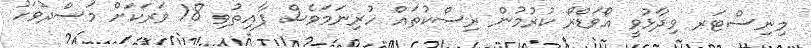
މިނިސްޓަރ ވިދާޅުވީ އޯވަޑްރޯ ކުރުމުން ރިސްކުތައް ހުރިނަމަވެސް ފާއިތުވި 18 ވަރަކަށް މަސްދުވަހު